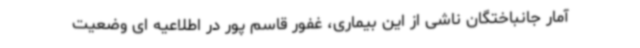
آمار جانباختگان ناشی از این بیماری، غفور قاسم پور در اطلاعیه ای وضعیت